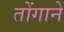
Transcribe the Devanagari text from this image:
तोंगाने